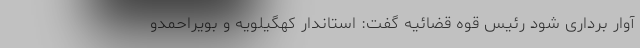
آوار برداری شود رئیس قوه قضائیه گفت: استاندار کهگیلویه و بویراحمدو